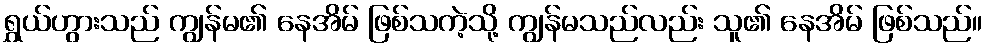
ရွှယ်ဟွားသည် ကျွန်မ၏ နေအိမ် ဖြစ်သကဲ့သို့ ကျွန်မသည်လည်း သူ၏ နေအိမ် ဖြစ်သည်။